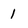
Character: 1